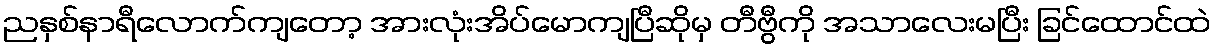
ညနှစ်နာရီလောက်ကျတော့ အားလုံးအိပ်မောကျပြီဆိုမှ တီဗွီကို အသာလေးမပြီး ခြင်ထောင်ထဲ